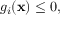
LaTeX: g _ { i } ( \mathbf { x } ) \leq 0 ,